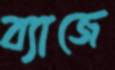
ব্যাজে